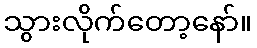
သွားလိုက်တော့နော်။